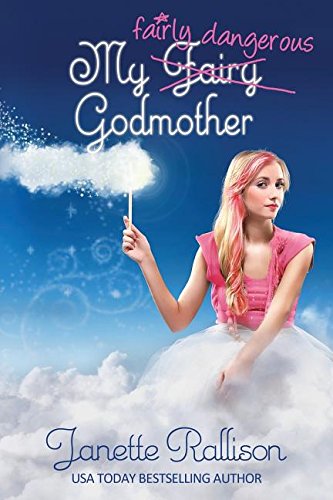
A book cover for My Fairly Dangerous Godmother; Janette Rallison; Science Fiction & Fantasy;